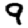
Digit: 9